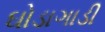
ઘોડાગાડી